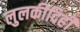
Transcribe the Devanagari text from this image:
लुलकीदिही